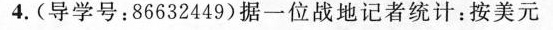
4. (导学号：86632449) 据一位战地记者统计：按美元